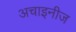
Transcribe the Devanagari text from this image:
अचाइनीज